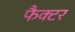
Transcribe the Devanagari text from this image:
फैक्‍टर